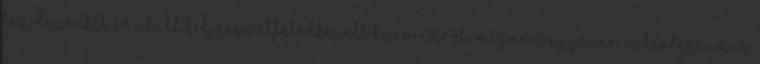
tíz-tizenkét év alatt teljesen elfeledkezett Honoriáról, mígnem egyszer Valentinianus